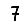
Digit: 7